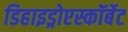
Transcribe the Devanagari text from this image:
डिहाइड्रोएस्कॉर्बेट